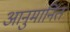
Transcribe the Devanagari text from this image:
आनुमानित